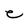
Character: e